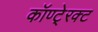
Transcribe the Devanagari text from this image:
कॉण्टे्रक्ट